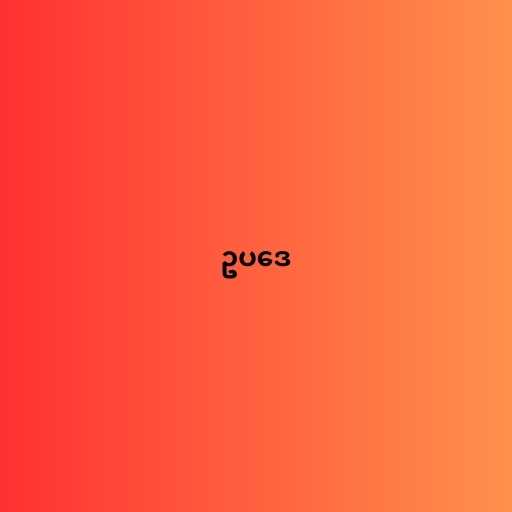
ဥပဒေ